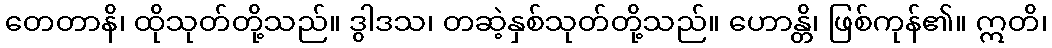
တေတာနိ၊ ထိုသုတ်တို့သည်။ ဒွါဒသ၊ တဆဲ့နှစ်သုတ်တို့သည်။ ဟောန္တိ၊ ဖြစ်ကုန်၏။ ဣတိ၊